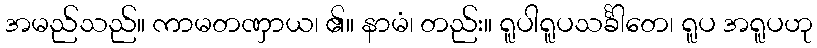
အမည်သည်။ ကာမတဏှာယ၊ ၏။ နာမံ၊ တည်း။ ရူပါရူပသင်္ခါတေ၊ ရူပ အရူပဟု